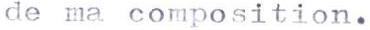
de ma composition.